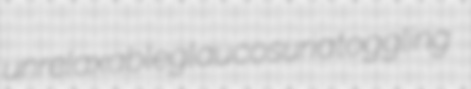
unrelaxable glaucosuria toggling